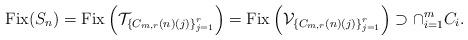
LaTeX: \begin{align*}\mathrm{Fix}(S_{n})=\mathrm{Fix}\left(\mathcal{T}_{\left\{ C_{m,r}\left(n\right)\left(j\right)\right\} _{j=1}^{r}}\right)=\mathrm{Fix}\left(\mathcal{V}_{\left\{ C_{m,r}\left(n\right)\left(j\right)\right\} _{j=1}^{r}}\right)\supset\cap_{i=1}^{m}C_{i}.\end{align*}